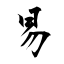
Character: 易